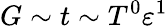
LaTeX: G\sim t\sim T^{0}\varepsilon^{1}